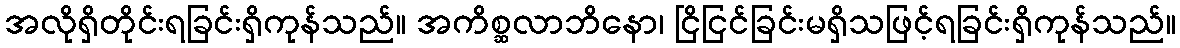
အလိုရှိတိုင်းရခြင်းရှိကုန်သည်။ အကိစ္ဆလာဘိနော၊ ငြိငြင်ခြင်းမရှိသဖြင့်ရခြင်းရှိကုန်သည်။